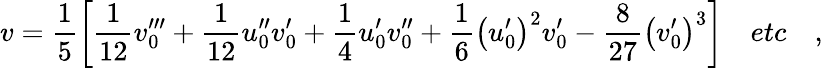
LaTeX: v=\frac{1}{5}\left[\frac{1}{12}v_{0}^{\prime\prime\prime}+\frac{1}{12}u_{0}^{\prime\prime}v_{0}^{\prime}+\frac{1}{4}u_{0}^{\prime}v_{0}^{\prime\prime}+\frac{1}{6}\left(u_{0}^{\prime}\right)^{2}v_{0}^{\prime}-\frac{8}{27}\left(v_{0}^{\prime}\right)^{3}\right]\quad etc\quad,